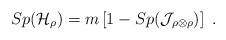
LaTeX: \begin{align*}Sp({\cal H}_{\rho}) = m \left[ 1- Sp({\cal J}_{\rho\otimes\rho}) \right]\ .\end{align*}